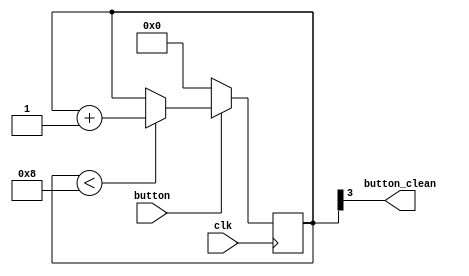
`timescale 1ns / 1ps
//////////////////////////////////////////////////////////////////////////////////
// Company: 
// Engineer: 
// 
// Design Name: 
// Module Name: jitter_clr
// Project Name: 
// Target Devices: 
// Tool Versions: 
// Description: 
// 
// Dependencies: 
// 
// Revision:
// Revision 0.01 - File Created
// Additional Comments:
// 
//////////////////////////////////////////////////////////////////////////////////


module jitter_clr(
    input clk,
    input button,
    output button_clean
    );

    reg [3:0] cnt;

    always @(posedge clk) begin
        if (button == 1'b0) begin
            cnt <= 4'h0;
        end
        else if (cnt < 4'h8) begin
            cnt <= cnt + 1'b1;
        end
    end

    assign button_clean = cnt[3];
endmodule